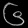
Digit: ၆